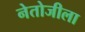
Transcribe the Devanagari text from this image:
नेतोजीला